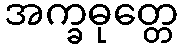
အက္ခဓုတ္တေ